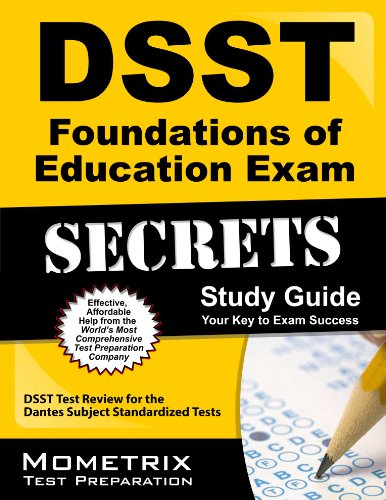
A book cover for DSST Foundations of Education Exam Secrets Study Guide: DSST Test Review for the Dantes Subject Standardized Tests; DSST Exam Secrets Test Prep Team; Test Preparation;